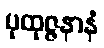
ပုထုဇ္ဇနာနံ